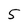
Character: 5